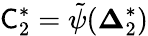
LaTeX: \mathsf C_{2}^{*}=\tilde{\psi}(\mathbf\Delta_{2}^{*})